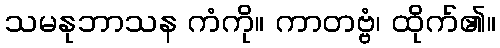
သမနုဘာသန ကံကို။ ကာတဗ္ဗံ၊ ထိုက်၏။